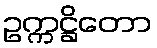
ဥက္ကဋ္ဌိတော